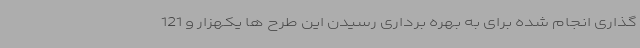
گذاری انجام شده برای به بهره برداری رسیدن این طرح ها یکهزار و 121